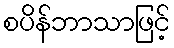
စပိန်ဘာသာဖြင့်